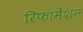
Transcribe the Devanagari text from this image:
रिफामेंशन